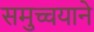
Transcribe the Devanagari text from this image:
समुच्चयाने